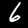
Digit: 6